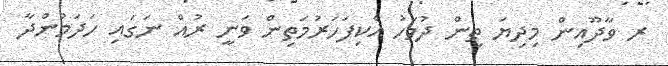
ރ ވާދޫއިން މިދިޔަ ތިން ދުވަހު އެކިފަހަރުމަތިން ވަނީ ރުއް ނަގައި ހަދަމުންދާ